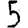
Digit: 5